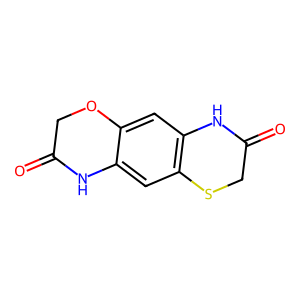
SMILES: O=C1COc2cc3c(cc2N1)SCC(=O)N3
Inhibits HIV replication: No